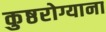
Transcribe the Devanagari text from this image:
कुष्ठरोग्याना